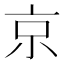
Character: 京